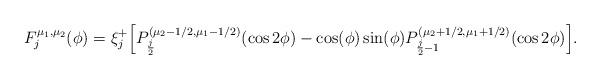
LaTeX: \begin{align*} F_j^{\mu_1,\mu_2}(\phi) = \xi^+_j \Big[ P_{\frac{j}{2}}^{(\mu_2-1/2,\mu_1-1/2)}(\cos 2\phi) - \cos(\phi)\sin(\phi)P_{\frac{j}{2}-1}^{(\mu_2+1/2,\mu_1+1/2)}(\cos 2\phi)\Big].\end{align*}